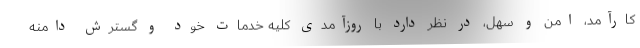
کارآمد، امن و سهل، در نظر دارد با روزآمدی کلیه خدمات خود و گسترش دامنه